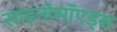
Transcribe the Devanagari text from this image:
साइनोसॉएड्स